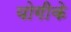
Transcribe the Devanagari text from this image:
योगीके